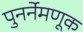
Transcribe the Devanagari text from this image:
पुनर्नेमणूक